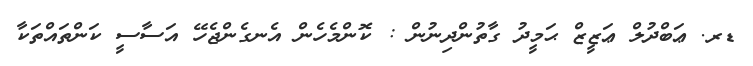
ޑރ. ޢަބްދުލް ޢަޒީޒް ޙަމީދު ގާތުންދިނުން : ކޮންމެހެން އެނގެންޖެހޭ އަސާސީ ކަންތައްތަކާ